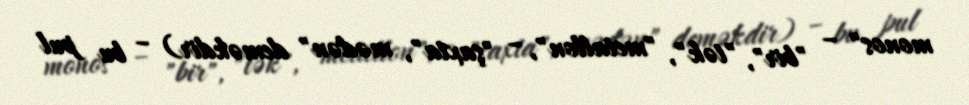
monos" – "bir", "tək", "metallon", – "şaxta", mədən" deməkdir) – bu pul